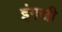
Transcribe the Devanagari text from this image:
इंगजी